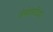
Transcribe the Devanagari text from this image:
डेमोक्राटिया